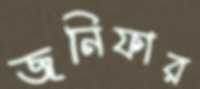
জনিফার